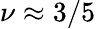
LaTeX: \nu\approx 3/5